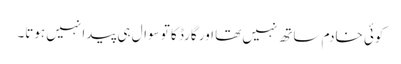
کوئی خادم ساتھ نہیں تھا اور گارڈ کا تو سوال ہی پیدا نہیں ہوتا۔